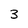
Character: 3